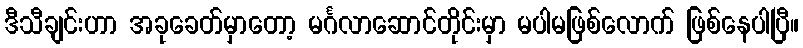
ဒီသီချင်းဟာ အခုခေတ်မှာတော့ မင်္ဂလာဆောင်တိုင်းမှာ မပါမဖြစ်လောက် ဖြစ်နေပါပြီ။